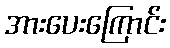
အားပေးကြောင်း